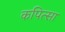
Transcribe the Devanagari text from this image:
कपित्सा